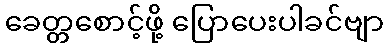
ခေတ္တစောင့်ဖို့ ပြောပေးပါခင်ဗျာ